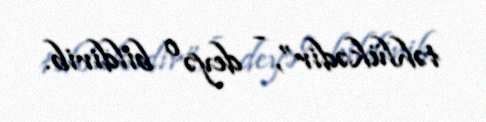
təhlükədir”, - deyə o bildirib.